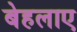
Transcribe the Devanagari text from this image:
बेहलाए